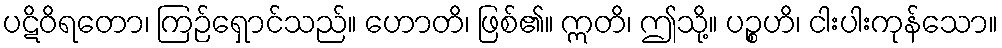
ပဋိဝိရတော၊ ကြဉ်ရှောင်သည်။ ဟောတိ၊ ဖြစ်၏။ ဣတိ၊ ဤသို့။ ပဉ္စဟိ၊ ငါးပါးကုန်သော။